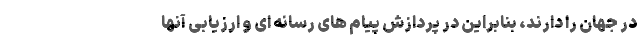
در جهان را دارند، بنابراین در پردازش پیام های رسانه ای و ارزیابی آنها